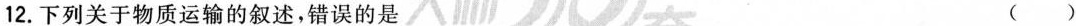
12.下列关于物质运输的叙述，错误的是( )